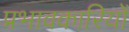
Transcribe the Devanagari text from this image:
प्रभावकारियों